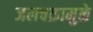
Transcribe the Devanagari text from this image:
जलचक्रामुळे